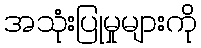
အသုံးပြုမှုများကို